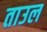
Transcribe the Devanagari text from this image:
ताउल